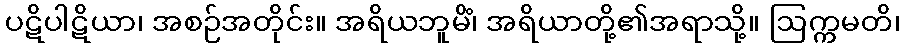
ပဋိပါဋိယာ၊ အစဉ်အတိုင်း။ အရိယဘူမိံ၊ အရိယာတို့၏အရာသို့။ ဩက္ကမတိ၊